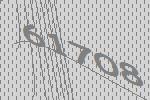
61708